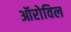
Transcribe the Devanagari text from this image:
ऑरोविल